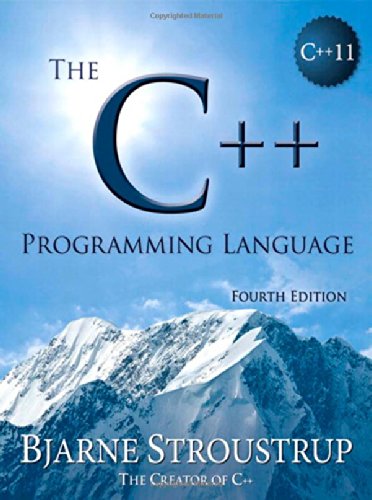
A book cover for The C++ Programming Language, 4th Edition; Bjarne Stroustrup; Computers & Technology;